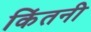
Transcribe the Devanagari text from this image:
किंतनी